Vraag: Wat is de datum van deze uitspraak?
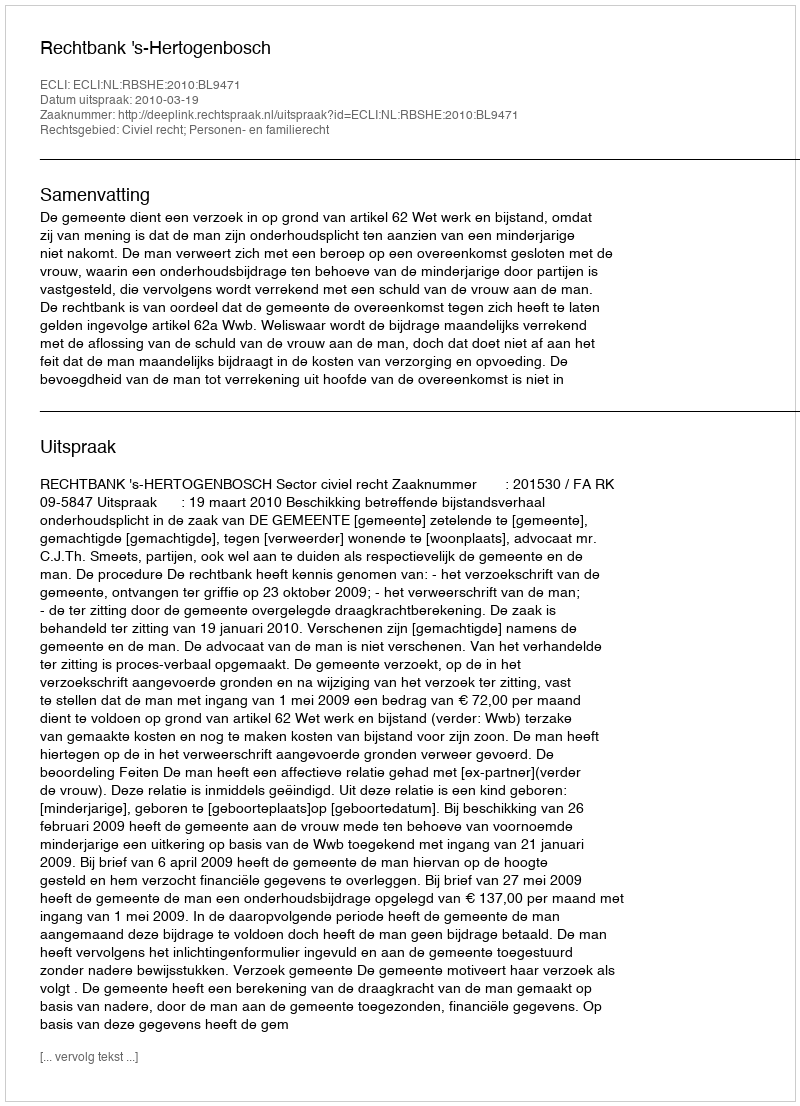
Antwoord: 2010-03-19